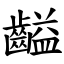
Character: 齸